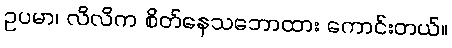
ဥပမာ၊ လိလိက စိတ်နေသဘောထား ကောင်းတယ်။